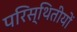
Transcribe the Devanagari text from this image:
परिस्थितीयों